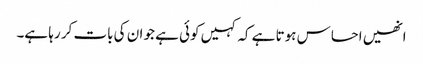
انھیں احساس ہوتا ہے کہ کہیں کوئی ہے جو ان کی بات کر رہا ہے۔